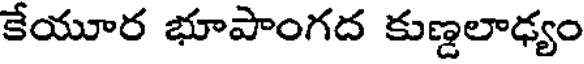
కేయూర భూపాంగద కుణ్డలాఢ్యం